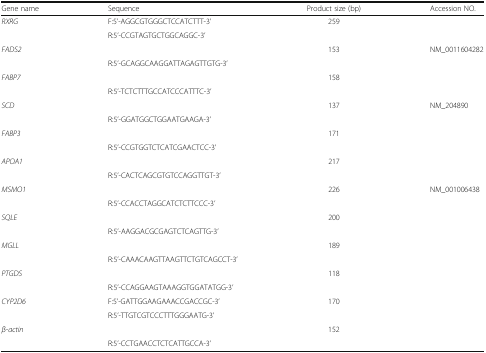
<table><thead><tr><td><b>Gene name</b></td><td><b>Sequence</b></td><td><b>Product size (bp)</b></td><td><b>Accession NO.</b></td></tr></thead><tbody><tr><td rowspan="2"><i>RXRG</i></td><td>F:5’-AGGCGTGGGCTCCATCTTT-3’</td><td rowspan="2">259</td><td rowspan="2">[EMPTY_CELL]</td></tr><tr><td>R:5’-CCGTAGTGCTGGCAGGC-3’</td></tr><tr><td rowspan="2"><i>FADS2</i></td><td>[EMPTY_CELL]</td><td rowspan="2">153</td><td rowspan="2">NM_0011604282</td></tr><tr><td>R:5’-GCAGGCAAGGATTAGAGTTGTG-3’</td></tr><tr><td rowspan="2"><i>FABP7</i></td><td>[EMPTY_CELL]</td><td rowspan="2">158</td><td rowspan="2">[EMPTY_CELL]</td></tr><tr><td>R:5’-TCTCTTTGCCATCCCATTTC-3’</td></tr><tr><td rowspan="2"><i>SCD</i></td><td>[EMPTY_CELL]</td><td rowspan="2">137</td><td rowspan="2">NM_204890</td></tr><tr><td>R:5’-GGATGGCTGGAATGAAGA-3’</td></tr><tr><td rowspan="2"><i>FABP3</i></td><td>[EMPTY_CELL]</td><td rowspan="2">171</td><td rowspan="2">[EMPTY_CELL]</td></tr><tr><td>R:5’-CCGTGGTCTCATCGAACTCC-3’</td></tr><tr><td rowspan="2"><i>APOA1</i></td><td>[EMPTY_CELL]</td><td rowspan="2">217</td><td rowspan="2">[EMPTY_CELL]</td></tr><tr><td>R:5’-CACTCAGCGTGTCCAGGTTGT-3’</td></tr><tr><td rowspan="2"><i>MSMO1</i></td><td>[EMPTY_CELL]</td><td rowspan="2">226</td><td rowspan="2">NM_001006438</td></tr><tr><td>R:5’-CCACCTAGGCATCTCTTCCC-3’</td></tr><tr><td rowspan="2"><i>SQLE</i></td><td>[EMPTY_CELL]</td><td rowspan="2">200</td><td rowspan="2">[EMPTY_CELL]</td></tr><tr><td>R:5’-AAGGACGCGAGTCTCAGTTG-3’</td></tr><tr><td rowspan="2"><i>MGLL</i></td><td>[EMPTY_CELL]</td><td rowspan="2">189</td><td rowspan="2">[EMPTY_CELL]</td></tr><tr><td>R:5’-CAAACAAGTTAAGTTCTGTCAGCCT-3’</td></tr><tr><td rowspan="2"><i>PTGDS</i></td><td>[EMPTY_CELL]</td><td rowspan="2">118</td><td rowspan="2">[EMPTY_CELL]</td></tr><tr><td>R:5’-CCAGGAAGTAAAGGTGGATATGG-3’</td></tr><tr><td rowspan="2"><i>CYP2D6</i></td><td>F:5’-GATTGGAAGAAACCGACCGC-3’</td><td rowspan="2">170</td><td rowspan="2">[EMPTY_CELL]</td></tr><tr><td>R:5’-TTGTCGTCCCTTTGGGAATG-3’</td></tr><tr><td rowspan="2"><i>β-actin</i></td><td>[EMPTY_CELL]</td><td rowspan="2">152</td><td rowspan="2">[EMPTY_CELL]</td></tr><tr><td>R:5’-CCTGAACCTCTCATTGCCA-3’</td></tr></tbody></table>